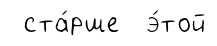
ста́рше э́той